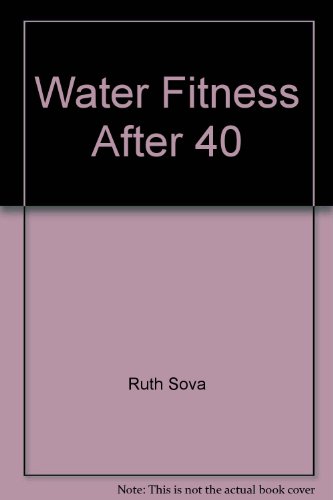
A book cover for Water Fitness After 40; Ruth Sova; Health, Fitness & Dieting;